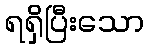
ရရှိပြီးသော